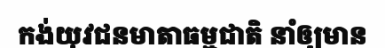
កង់យុវជនមាតាធម្មជាតិ នាំឲ្យមាន